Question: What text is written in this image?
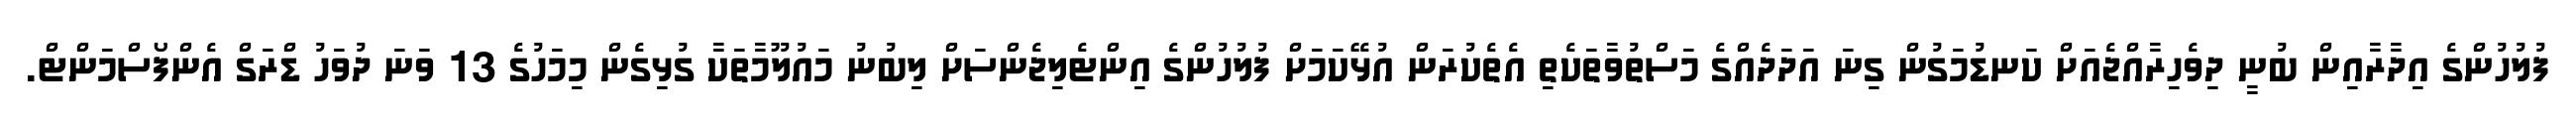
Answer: ފުލުހުންގެ އިދާރާއިން ބުނީ ދިވެހިރާއްޖެއަށް ކަނޑުމަގުން ގިނަ އަދަދެއްގެ މަސްތުވާތަކެތި އެތެކުރަން އުޅޭކަމަށް ފުލުހުންގެ އިންޓެލިޖެންސަށް ލިބުނު މައުލޫމާތަކާ ގުޅިގެން މިމަހުގެ 13 ވަނަ ދުވަހު ޑްރަގް އެންފޯސްމަންޓް.